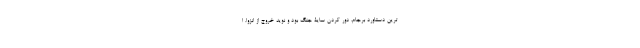
ترین دستاورد برجام، دور کردن سایۀ جنگ بود و نوید خروج از انزوا. ا